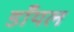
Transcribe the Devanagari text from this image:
डाँयल